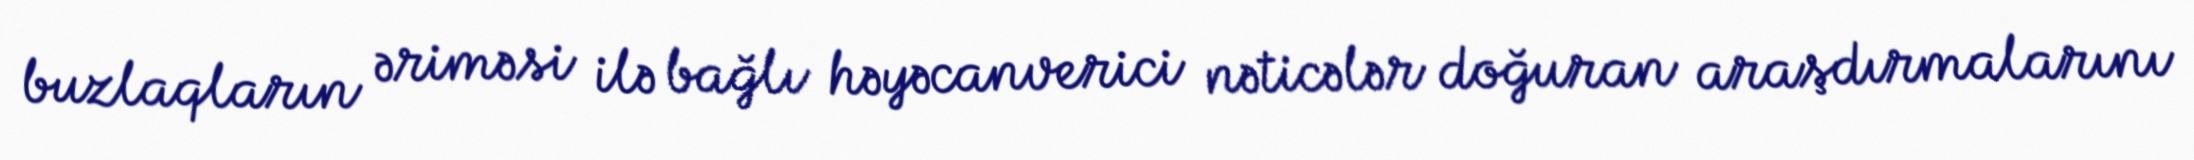
buzlaqların əriməsi ilə bağlı həyəcanverici nəticələr doğuran araşdırmalarını